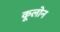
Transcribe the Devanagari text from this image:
कूलोन